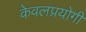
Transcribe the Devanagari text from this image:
केवलप्रयोगी